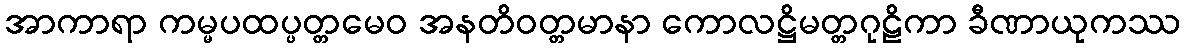
အာကာရာ ကမ္မပထပ္ပတ္တမေဝ အနတိဝတ္တမာနာ ကောလဋ္ဌိမတ္တဂုဠိကာ ခီဏာယုကဿ